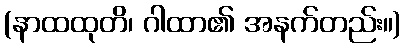
(နာထထုတိ၊ ဂါထာ၏ အနက်တည်း။)